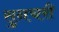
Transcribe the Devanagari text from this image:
सुनचरी